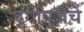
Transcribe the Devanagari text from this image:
दुर्गापुजेचे